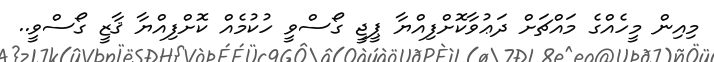
މިއިން މީހެއްގެ މައްޗަށް ދަޢުވާކޮށްފިއްޔާ ޕީޖީ ގޯސްވީ ހުކުމެއް ކޮށްފިއްޔާ ޤާޒީ ގޯސްވީ..